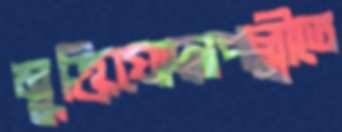
মুক্তিযোদ্ধাপল্লীতে